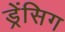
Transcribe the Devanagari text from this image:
ड्रेंसिग